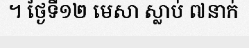
។ ថ្ងៃទី១២ មេសា ស្លាប់ ៧នាក់